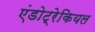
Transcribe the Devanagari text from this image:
एंडोट्रेकियल